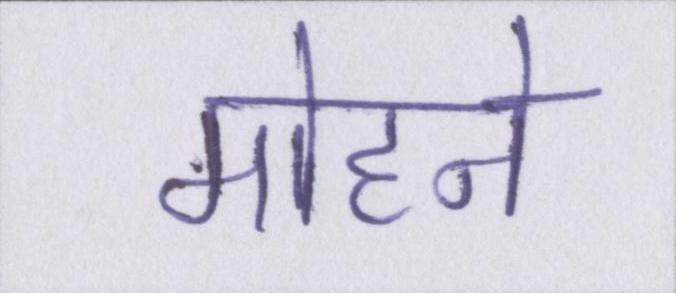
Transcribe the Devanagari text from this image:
मोहने